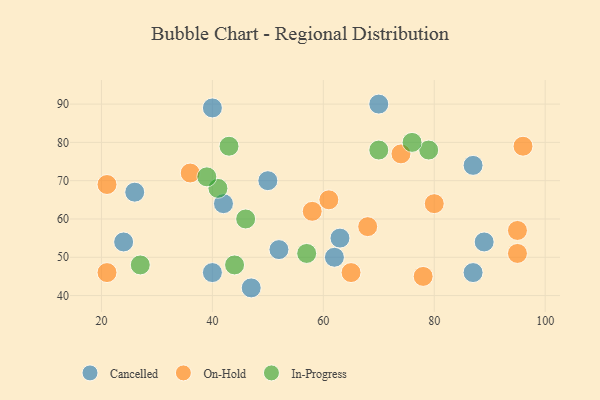
{"axis": {"x": "GDP", "y": "Life Expectancy"}, "legend": ["Cancelled", "In-Progress", "On-Hold"], "data": [{"x": "62", "y": 50, "type": "Cancelled"}, {"x": "52", "y": 52, "type": "Cancelled"}, {"x": "47", "y": 42, "type": "Cancelled"}, {"x": "70", "y": 90, "type": "Cancelled"}, {"x": "87", "y": 46, "type": "Cancelled"}, {"x": "87", "y": 74, "type": "Cancelled"}, {"x": "89", "y": 54, "type": "Cancelled"}, {"x": "40", "y": 46, "type": "Cancelled"}, {"x": "63", "y": 55, "type": "Cancelled"}, {"x": "42", "y": 64, "type": "Cancelled"}, {"x": "24", "y": 54, "type": "Cancelled"}, {"x": "50", "y": 70, "type": "Cancelled"}, {"x": "40", "y": 89, "type": "Cancelled"}, {"x": "26", "y": 67, "type": "Cancelled"}, {"x": "78", "y": 45, "type": "On-Hold"}, {"x": "80", "y": 64, "type": "On-Hold"}, {"x": "65", "y": 46, "type": "On-Hold"}, {"x": "68", "y": 58, "type": "On-Hold"}, {"x": "95", "y": 51, "type": "On-Hold"}, {"x": "61", "y": 65, "type": "On-Hold"}, {"x": "21", "y": 69, "type": "On-Hold"}, {"x": "36", "y": 72, "type": "On-Hold"}, {"x": "21", "y": 46, "type": "On-Hold"}, {"x": "95", "y": 57, "type": "On-Hold"}, {"x": "74", "y": 77, "type": "On-Hold"}, {"x": "58", "y": 62, "type": "On-Hold"}, {"x": "96", "y": 79, "type": "On-Hold"}, {"x": "46", "y": 60, "type": "In-Progress"}, {"x": "79", "y": 78, "type": "In-Progress"}, {"x": "27", "y": 48, "type": "In-Progress"}, {"x": "43", "y": 79, "type": "In-Progress"}, {"x": "41", "y": 68, "type": "In-Progress"}, {"x": "57", "y": 51, "type": "In-Progress"}, {"x": "76", "y": 80, "type": "In-Progress"}, {"x": "70", "y": 78, "type": "In-Progress"}, {"x": "39", "y": 71, "type": "In-Progress"}, {"x": "44", "y": 48, "type": "In-Progress"}]}